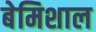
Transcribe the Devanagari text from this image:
बेमिशाल